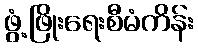
ဖွံ့ဖြိုးရေးစီမံကိန်း